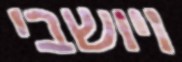
ויושבי